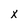
Character: X